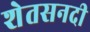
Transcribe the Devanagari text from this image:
शेतसनदी